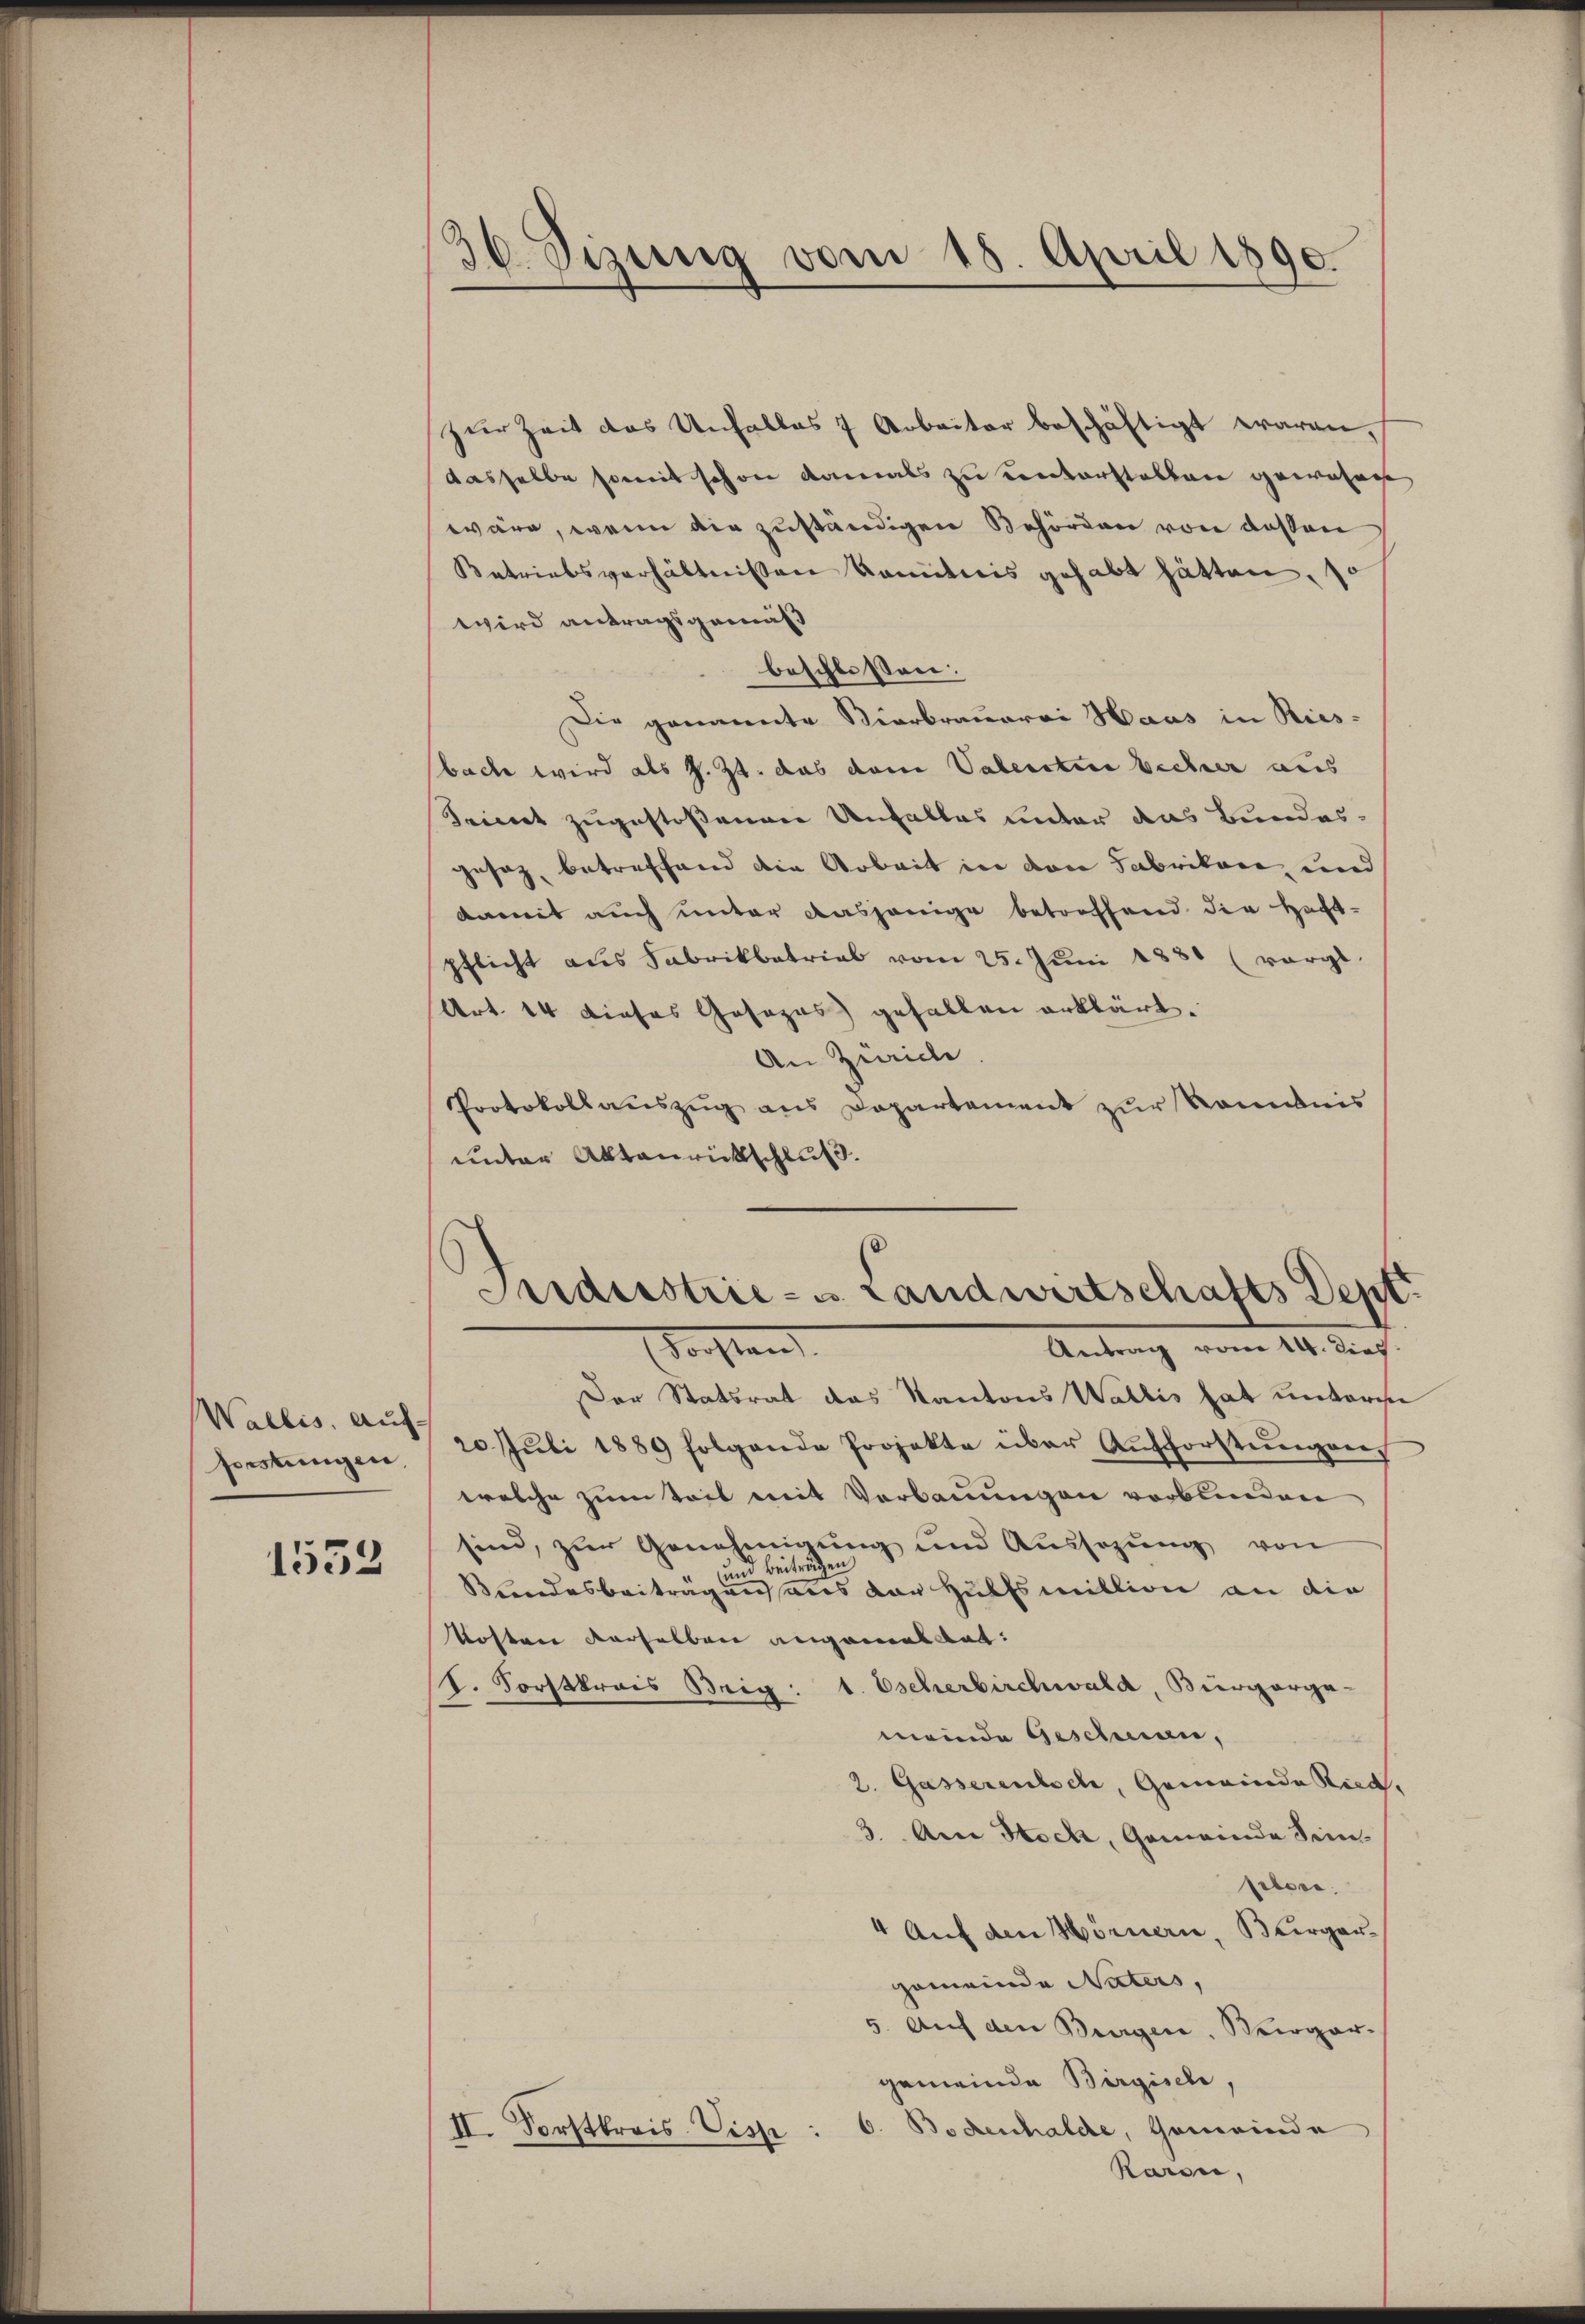
Wallis, Auf-
forstungen.

1553

d
36 Sizung vom 18. April 1890.

zur Zeit des Unfalles 7 Arbeiter beschäftigt waren,
dasselbe somit schon damals zu einterstellen gewohne
wäre, wenn die zuständigen Behörden von dessen
Betriebsverhältnissen komiticis gehabt hätten, so
wird antragsgemäß
beschlossen:
Die genannte Vierbrauerei Haus in Riesbache wird als z. Zt. das dem Vaterster becher aus
Seinet zugestoßenen Unfalles unter das Bundesgesetz, betreffend die Arbeit in den Fabrikane, und
damit auch unter dasjenige betreffend der Haft-
pflicht aus Fabrikbatrial vom 25. Juni 1880 (vergl.
Art. 14 dieses Gesezes) gefallen erklärt.
An Zürich
Protokollauszug aus Departement zur Kenntnis
unter Aktenrückschluß.

Industrie- u. Landwirtschafts Dept.
.
Forstand

Der Statsrat das Kantons Wallis hat unterm
20. Jŭli 1889 folgende Projekte über Aufforsteŭngen,
welche zum Teil mit Verbauungen verbunden
sind, zur Genehmigung und Aussagung von
d Beiträgen
Bundesbeitragen aus der Hülfsmillion an die
Kosten derselben angemeldet:
I. Forstkrais Brig: 1. Escherbirchwald, Bürgerge-
meinde Geschwan,
2. Gasserentsch, Gemeinde Ried,
3. An Hech, Gemeinde Simi-
seler.
4 Auf den Hörnern, Bürgergemeinde Vaters,
5. Auf den Burgen. Weigar-
gemeinde Birgisch,
Bodenhalde, Gemeinde
II. Forstkreis-Vis
Karsi,